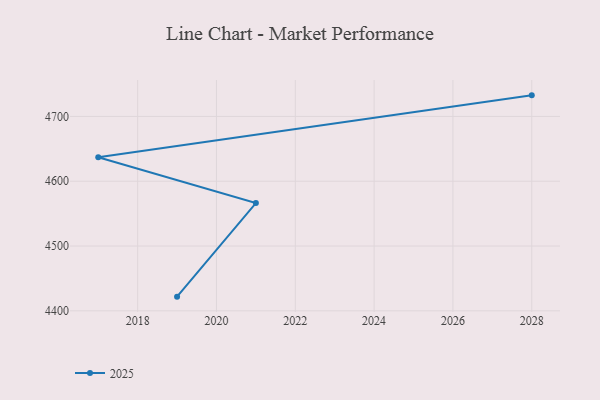
{"axis": {"x": "Year", "y": "Tickets Resolved"}, "legend": ["2025"], "data": [{"x": "2019", "y": 4421.9, "type": "2025"}, {"x": "2021", "y": 4566.3, "type": "2025"}, {"x": "2017", "y": 4637.0, "type": "2025"}, {"x": "2028", "y": 4732.5, "type": "2025"}]}